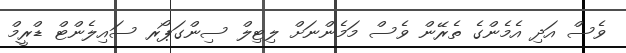
ވެސް އަދި އެމެންގެ ތެރޭން ވެސް މަމެންނަށް ލިޓިލް ސިންގަޕޯރ ސައިލެންޓް ޑްރީމް